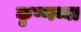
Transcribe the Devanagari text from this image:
कृष्णय्या